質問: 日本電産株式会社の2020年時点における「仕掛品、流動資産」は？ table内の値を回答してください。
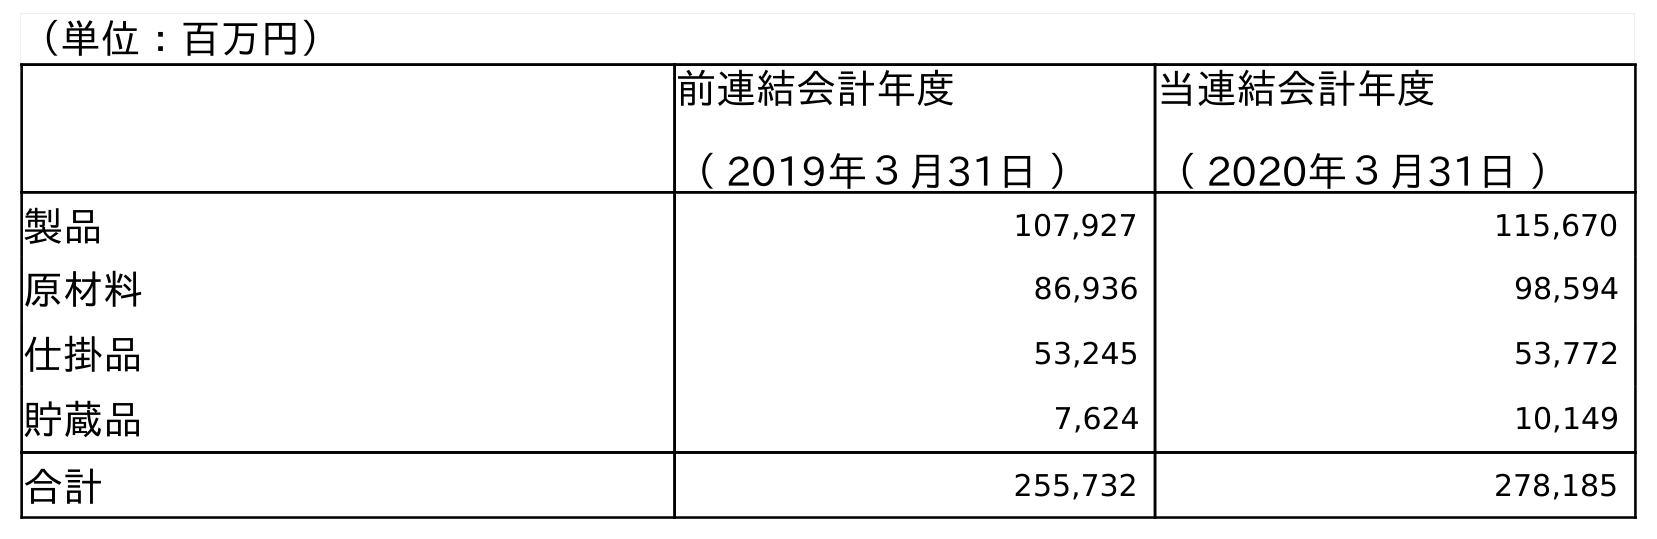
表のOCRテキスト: （単位：百万円） 前連結会計年度 （ 2019年３月31日 ） 当連結会計年度 （ 2020年３月31日 ） 製品 107,927 115,670 原材料 86,936 98,594 仕掛品 53,245 53,772 貯蔵品 7,624 10,149 合計 255,732 278,185
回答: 53,772